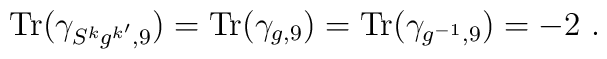
{\mbox{Tr}}(\gamma_{S^k   g^{k^\prime},9})={\mbox{Tr}}(\gamma_{g,9})={\mbox{Tr}}(\gamma_{g^{-1},9})=-2~.